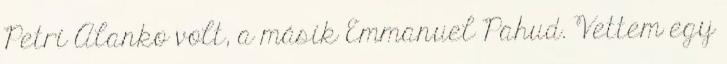
Petri Alanko volt, a másik Emmanuel Pahud. Vettem egy